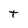
Character: t